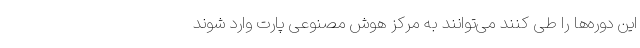
این دوره‌ها را طی کنند می‌توانند به مرکز هوش مصنوعی پارت وارد شوند